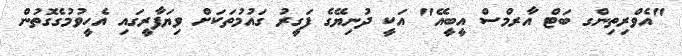
"އެވްރިތިންގ ބަޓް އާރމްސް އީބީއޭ" އަކީ ދުނިޔޭގެ ފަގީރު ގައުމުތަކަށް ވިޔަފާރީގައި އެހީވުމުގެގޮތުން